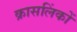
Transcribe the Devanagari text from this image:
क्रासलिंकों